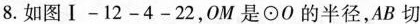
8.如图Ⅰ-12-4-22，0M是\odot O的半径，AB切